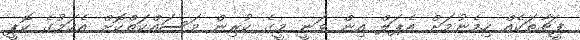
ފީޗާތަކެއް ހިމެނުމަށް އެޕަލް އިން ވަނީ މީގެ ކުރިން މަސައްކަތްކޮށް އެކަމުގެ ކޮޕީ